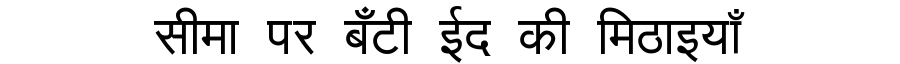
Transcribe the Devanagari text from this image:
सीमा पर बँटी ईद की मिठाइयाँ